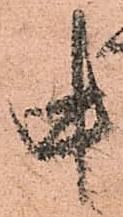
中